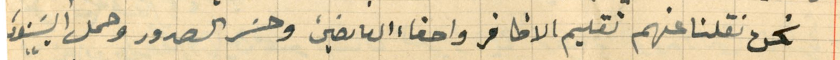
نحن نقلنا عنهم تقليم الاظافر واحفاء العارضين وحسَر الصدور وحمل البنودَ